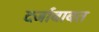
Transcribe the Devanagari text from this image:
दर्जाबाबत